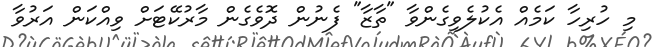
މި ހުރިހާ ކަމެއް އެކުލެވިގެންވާ "ތާޒާ" ފެނުން ދޮވެގެން މާރުކޭޓަށް ވިއްކަން އަރުވާ